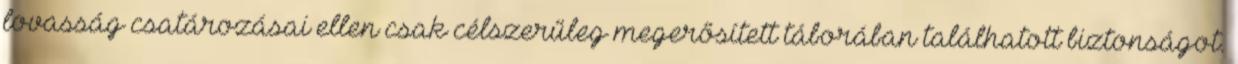
lovasság csatározásai ellen csak célszerűleg megerősített táborában találhatott biztonságot.